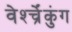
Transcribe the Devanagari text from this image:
वेर्श्च्रेंकुंग